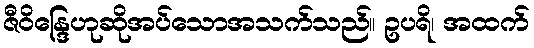
ဇီဝိန္ဒြေဟုဆိုအပ်သောအသက်သည်။ ဥပရိ၊ အထက်